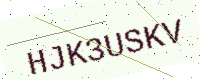
Text: HJK3USKV